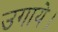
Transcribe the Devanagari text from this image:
उगाये।